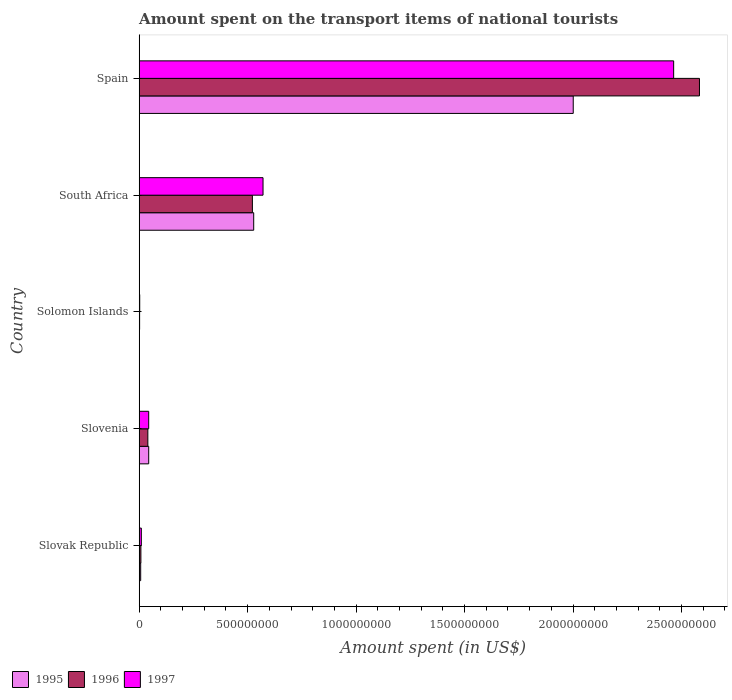
| Country | 1995 | 1996 | 1997 |
 | --- | --- | --- | --- |
 | Slovak Republic | 7e+06 | 8e+06 | 1e+07 |
 | Slovenia | 4.4e+07 | 4e+07 | 4.4e+07 |
 | Solomon Islands | 1.4e+06 | 2.1e+06 | 2.6e+06 |
 | South Africa | 5.28e+08 | 5.22e+08 | 5.71e+08 |
 | Spain | 2e+09 | 2.58e+09 | 2.46e+09 |